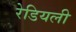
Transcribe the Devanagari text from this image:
रेडियली